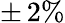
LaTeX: \pm\, 2\%